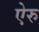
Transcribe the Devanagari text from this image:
ऐरु